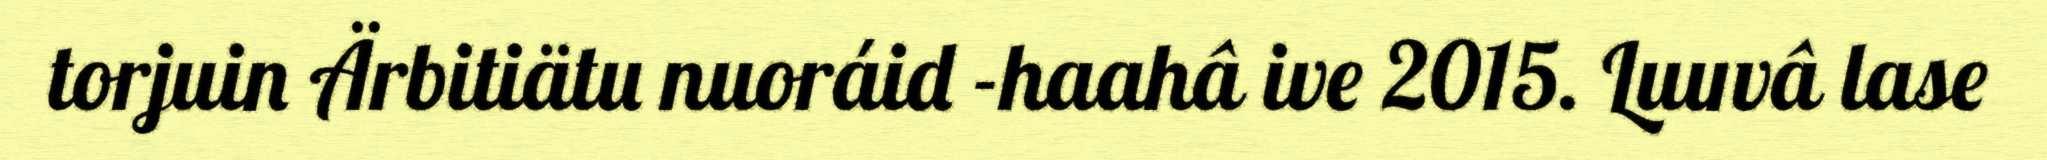
torjuin Ärbitiätu nuoráid -haahâ ive 2015. Luuvâ lase